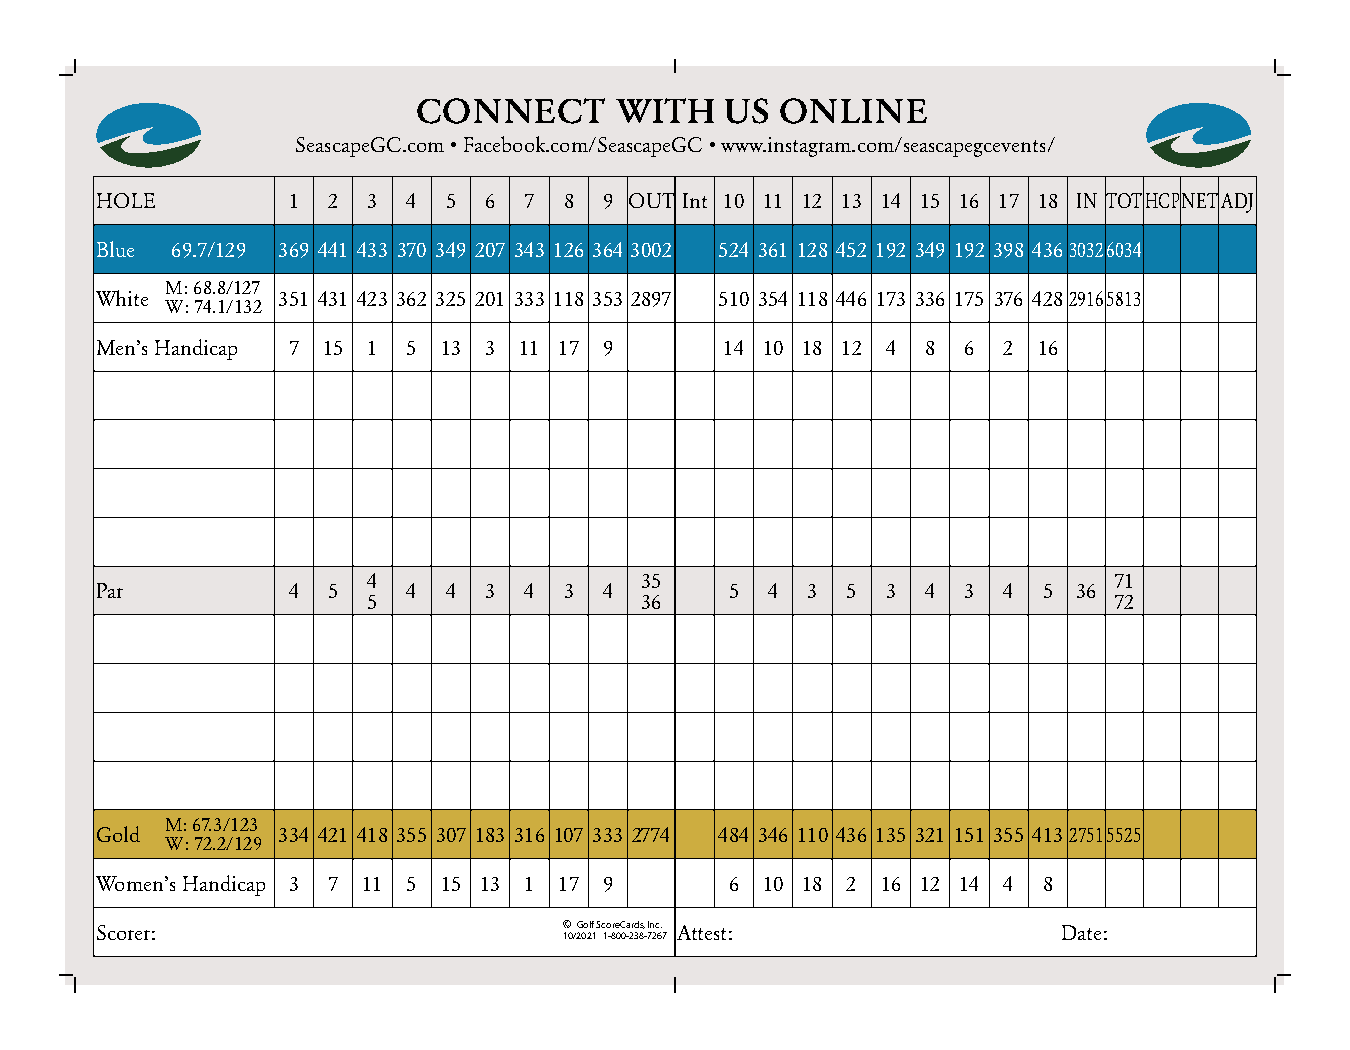
CONNECT      WITH   US  ONLINE
 SeascapeGC.com • Facebook.com/SeascapeGC • www.instagram.com/seascapegcevents/
 HOLE         1  2 3  4  5 6  7 8  9 OUT Int 10 11 12 13 14 15 16 17 18 IN TOTHCPNETADJ
 Blue 69.7/129 369 441 433 370 349 207 343 126 364 3002 524 361 128 452 192 349 192 398 43630326034
 M: 68.8/127
 White       351 431 423 362 325 201 333 118 353 2897 510 354 118 446 173 336 175 376 42829165813
 W: 74.1/132
 Men’s Handicap 7 15 1 5 13 3 11 17 9      14 10 18 12 4 8 6 2  16
 4                 35                              71
 Par          4  5    4  4 3  4 3  4       5  4 3  5  3 4  3 4  5 36
 5                 36                              72
 M: 67.3/123
 Gold        334 421 418 355 307 183 316 107 333 2774 484 346 110 436 135 321 151 355 41327515525
 W: 72.2/129
 Women’s Handicap 3 7 11 5 15 13 1 17 9    6 10 18 2 16 12 14 4 8
 Scorer:                        ©Golf ScoreCards, Inc. Attest:   Date:
 10/2021 1-800-238-7267